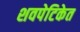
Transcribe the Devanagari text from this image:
शवपेटिकेत